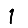
Digit: 1